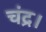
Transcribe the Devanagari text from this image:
चंद्र।